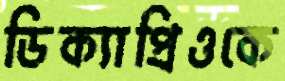
ডিক্যাপ্রিওকে